Medical and sanitary report of the native army of Madras for the year
Year: 1878
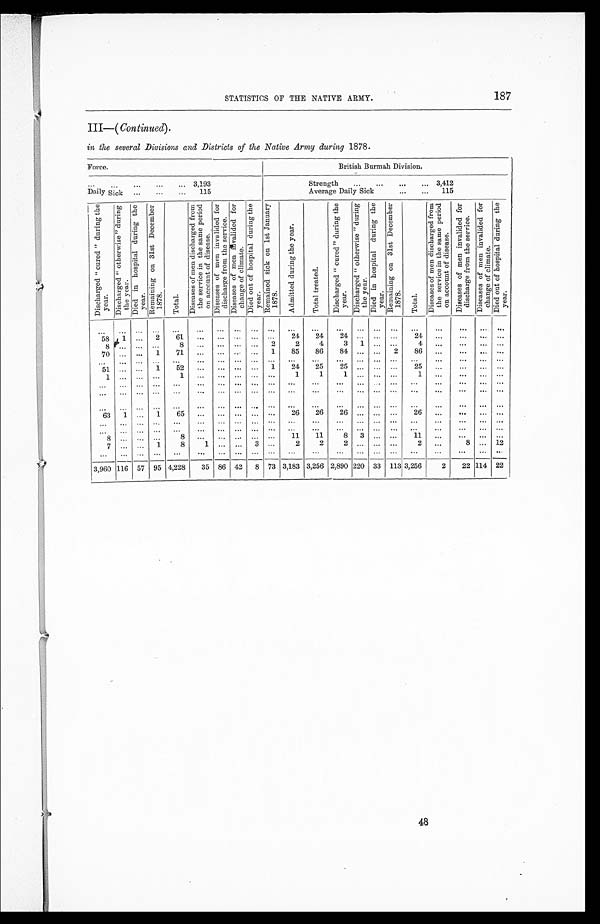
187
STATISTICS OF THE NATIVE ARMY.
III—(Continued).
in the several Divisions and Districts of the Native Army during 1878.
Force.
British Burmah Division.
. . .
3,193
Strength . . .
3,412
Daily Sick . . .
115
Average Daily Sick . . .
115
Di s c h a r g e d " c u r e d d u r i n g t h e y e a r .
D i s c h a r g e d " o t h e r w i s e " d u r i n g t h e y e a r . D i e d i n h o s p i t a l d u r i n g t h e y e a r .
R e m a i n i n g o n 3 1 s t D e c e m b e r 1 8 7 8 .
T o t a l .
D i s e a s e s o f m e n d i s c h a r g e d f r o m t h e s e r v i c e i n t h e s a m e p e r i o d o n a c c o u n t o f d i s e a s e .
D i s e a s e s o f m e n i n v a l i d e d f o r d i s c h a r g e f r o m t h e s e r v i c e .
D i s e a s e s o f m e n i n v a l i d e d f o r c h a n g e o f c l i m a t e .
D i e d o u t o f h o s p i t a l d u r i n g t h e y e a r .
R e m a i n i n g s i c k o n 1 s t J a n u a r y 1 8 7 8 .
A d i m t t e d d u r i n g t h e y e a r .
T o t a l t r e a t e d .
D i s c h a r g e d " c u r e d " d u r i n g t h e y e a r .
D i s c h a r g e d " o t h e r w i s e " d u r i n g t h e y e a r . D i e d i n h o s p i t a l d u r i n g t h e y e a r .
R e m a i n i n g o n 3 1 s t D e c e m b e r 1 8 7 8 .
T o t a l .
D i s e a s e s o f m e n d i s c h a r g e d f r o m t h e s e r v i c e i n t h e s a m e p e r i o d o n a c c o u n t o f d i s e a s e .
D i s e a s e s o f m e n i n v a l i d e d f o r d i s c h a r g e f r o m t h e s e r v i c e .
D i s e a s e s o f m e n i n v a l i d e d f o r c h a n g e o f c l i m a t e .
D i e d o u t o f h o s p i t a l d u r i n g t h e y e a r .
. . .
. . .
. . .
. . .
. . .
. . .
. . .
. . .
. . .
. . .
. . .
. . .
. . .
. . .
. . .
. . .
. . .
. . .
. . .
. . .. . .
5 8
1
. . .
2
6 1
. . . . . .
. . .
. . .
. . .
24
2 4
2 4
. . . . . . . . .
24
. . .
. . .
. . .
. . .
8
. . .
. . .
. . .
8
. . .
. . . . . .
. . .
2
2
4
3
1
. . . . . .
4
. . .
. . .
. . .
. . .
70
. . .
. . .
1
71
. . .
. . . . . .
. . .
1
85
86
84
. . .
. . .
2
86
. . .
. . .
. . .
. . .
. . .
. . .
. . .
. . .
. . .
. . .
. . .
. . .
. . .
. . .
. . .
. . .
. . .
. . .
. . . . . .
. . .
. . .
. . .
. . .
. . .
51
. . .
. . .
1
52
. . .
. . . . . .
. . .
1
24
25
25
. . .
. . . . . .
25
. . .
. . .
. . . . . .
1
. . .
. . .
. . .
1
. . .
. . .
. . .
. . .
. . .
1
1
1
. . .
. . . . . .
1
. . .
. . .
. . .
. . .
. . .
. . .
. . . . . .
. . .
. . .
. . .
. . .
. . .
. . .
. . .
. . .
. . .
. . .
. . . . . .
. . .
. . .
. . .
. . .
. . .
. . .
. . .
. . . . . .
. . .
. . .
. . . . . .
. . .
. . .
. . .
. . .
. . .
. . .
. . . . . .
. . .
. . .
. . .
. . .
. . .
. . .
. . .
. . .
. . .
. . .
. . .
. . . . . .
. . .
. . .
. . .
. . .
. . .
. . .
. . . . . .
. . .
. . .
. . .
. . . . . .
63
1
. . .
1
65
. . .
. . . . . .
. . . . . .
26
26
26
. . . . . . . . .
26
. . .
. . .
. . .
. . .
. . . . . .
. . . . . .
. . .
. . .
. . . . . .
. . . . . .
. . .
. . .
. . .
. . .
. . . . . .
. . .
. . .
. . .
. . . . . .
. . .
. . .
. . .
. . .
. . .
. . .
. . .
. . .
. . . . . .
. . .
. . .
. . .
. . .
. . .
. . .
. . .
. . .
. . .
. . . . . .
8
. . .
. . .
. . .
8
. . .
. . .
. . .
. . . . . .
11
11
8
3
. . . . . .
11
. . .
. . .
. . . . . .
7
. . .
. . . 1
8
1
. . .
. . . 3 . . .
2
2
2
. . . . . . . . .
2
. . .
8 . . . 12
. . .
. . .
. . .
. . .
. . .
. . . . . .
. . .
. . . . . .
. . .
. . .
. . .
. . .
. . . . . .
. . .
. . .
. . .
. . .
. . .
3,960 116 57 95 4,228
35 86 42
8
73 3,183 3,256 2,890 220 33
113 3,256
2
22 114 22
48